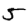
Digit: 5